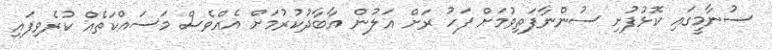
ސުނާމީގައި ކޮޅުފުށި ސުންނާފަތިވުމަށް ފަހު ރަށް އަލުން އާބާދުކުރުމަށް އެއްވެސް މަސައްކަތެއް ކުރެވިފައި